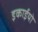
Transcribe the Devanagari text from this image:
इकाईयो